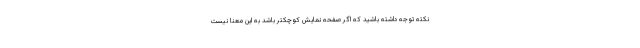
نکته توجه داشته باشید که اگر صفحه نمایش کوچکتر باشد به این معنا نیست